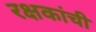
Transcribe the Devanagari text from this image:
रक्षकांची